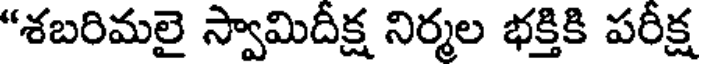
"శబరిమలై స్వామిదీక్ష నిర్మల భక్తికి పరీక్ష